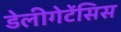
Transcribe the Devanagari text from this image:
डेलीगेटेंसिस